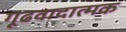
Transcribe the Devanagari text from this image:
गूढवादात्मक